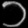
Digit: ၁